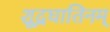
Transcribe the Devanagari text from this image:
शूद्रघातिनम्